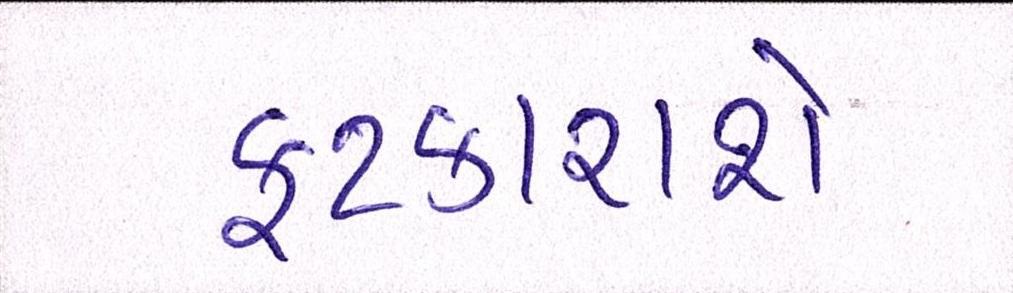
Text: ફટકારાશે